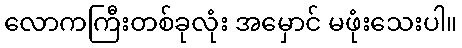
လောကကြီးတစ်ခုလုံး အမှောင် မဖုံးသေးပါ။